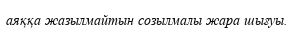
аяққа жазылмайтын созылмалы жара шығуы.